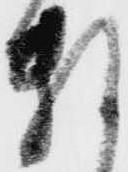
頼